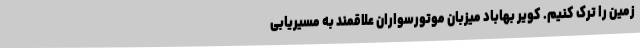
زمین را ترک کنیم‌. کویر بهاباد میزبان موتورسواران علاقمند به مسیریابی